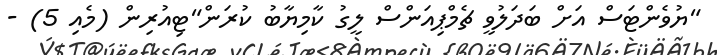
"ޔުވެންޓަސް އަށް ބަދަލުވީ ޗެމްޕިއަންސް ލީގު ކާމިޔާބު ކުރަން"ޓިއުރިން (މެއި 5) -